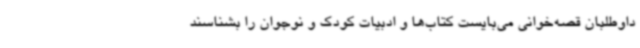
داوطلبان قصه‌خوانی می‌بایست کتاب‌ها و ادبیات کودک و نوجوان را بشناسند